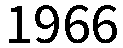
1966